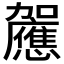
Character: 𰅚